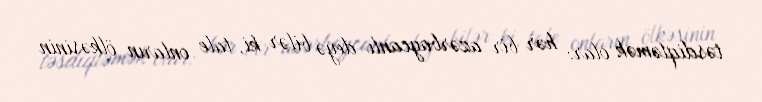
təsdiqləmək olar: hər bir azərbaycanlı deyə bilər ki, tale onların ölkəsinin